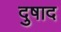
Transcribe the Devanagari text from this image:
दुषाद